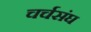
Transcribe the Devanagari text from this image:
चर्चसंघ